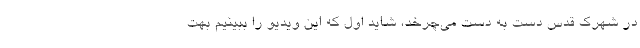
در شهرک قدس دست به دست می‌چرخد، شاید اول که این ویدیو را ببینیم بهت